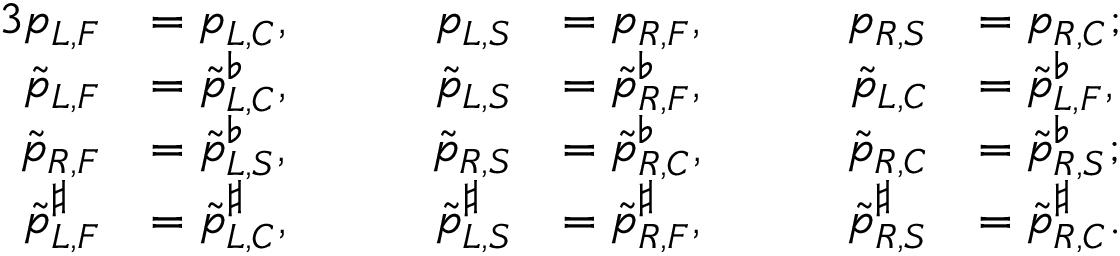
\begin{array} { r l r l r l } { { 3 } \mathfrak { p } _ { L , F } } & { = \mathfrak { p } _ { L , C } , } & { \qquad \mathfrak { p } _ { L , S } } & { = \mathfrak { p } _ { R , F } , } & { \qquad \mathfrak { p } _ { R , S } } & { = \mathfrak { p } _ { R , C } ; } \\ { \tilde { \mathfrak { p } } _ { L , F } } & { = \tilde { \mathfrak { p } } _ { L , C } ^ { \flat } , } & { \qquad \tilde { \mathfrak { p } } _ { L , S } } & { = \tilde { \mathfrak { p } } _ { R , F } ^ { \flat } , } & { \qquad \tilde { \mathfrak { p } } _ { L , C } } & { = \tilde { \mathfrak { p } } _ { L , F } ^ { \flat } , } \\ { \tilde { \mathfrak { p } } _ { R , F } } & { = \tilde { \mathfrak { p } } _ { L , S } ^ { \flat } , } & { \qquad \tilde { \mathfrak { p } } _ { R , S } } & { = \tilde { \mathfrak { p } } _ { R , C } ^ { \flat } , } & { \qquad \tilde { \mathfrak { p } } _ { R , C } } & { = \tilde { \mathfrak { p } } _ { R , S } ^ { \flat } ; } \\ { \tilde { \mathfrak { p } } _ { L , F } ^ { \sharp } } & { = \tilde { \mathfrak { p } } _ { L , C } ^ { \sharp } , } & { \qquad \tilde { \mathfrak { p } } _ { L , S } ^ { \sharp } } & { = \tilde { \mathfrak { p } } _ { R , F } ^ { \sharp } , } & { \qquad \tilde { \mathfrak { p } } _ { R , S } ^ { \sharp } } & { = \tilde { \mathfrak { p } } _ { R , C } ^ { \sharp } . } \end{array}